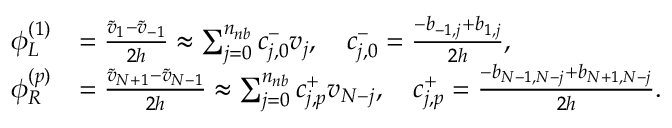
\begin{array} { r l } { \phi _ { L } ^ { ( 1 ) } } & { = \frac { \widetilde v _ { 1 } - \widetilde v _ { - 1 } } { 2 h } \approx \sum _ { j = 0 } ^ { n _ { n b } } c _ { j , 0 } ^ { - } v _ { j } , \quad c _ { j , 0 } ^ { - } = \frac { - { b } _ { - 1 , j } + { b } _ { 1 , j } } { 2 h } , } \\ { \phi _ { R } ^ { ( p ) } } & { = \frac { \widetilde v _ { N + 1 } - \widetilde v _ { N - 1 } } { 2 h } \approx \sum _ { j = 0 } ^ { n _ { n b } } c _ { j , p } ^ { + } v _ { N - j } , \quad c _ { j , p } ^ { + } = \frac { - { b } _ { N - 1 , N - j } + { b } _ { N + 1 , N - j } } { 2 h } . } \end{array}